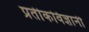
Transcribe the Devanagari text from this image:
प्रतीकविज्ञानी